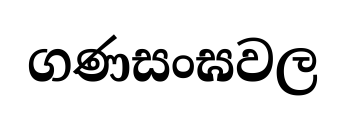
ගණසංඝවල